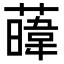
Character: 𦾛